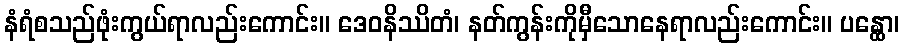
နံရံစသည်ဖုံးကွယ်ရာလည်းကောင်း။ ဒေဝနိဿိတံ၊ နတ်ကွန်းကိုမှီသောနေရာလည်းကောင်း။ ပန္ထော၊